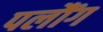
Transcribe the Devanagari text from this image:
पलौंग